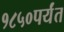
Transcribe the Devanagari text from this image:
१८५०पर्यंत